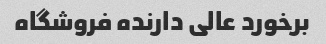
برخورد عالی دارنده فروشگاه